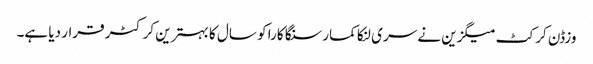
وزڈن کرکٹ میگزین نے سری لنکا کمار سنگا کارا کو سال کا بہترین کرکٹر قرار دیا ہے۔